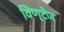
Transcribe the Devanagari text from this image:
विण्टेज